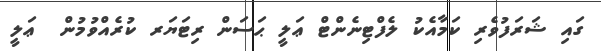
ގައި ޝަރަފުވެރި ކަމާއެކު ލެފްޓިނެންޓް ޢަލީ ޙަސަން ރިޓަޔަރ ކުރެއްވުމުން  ޢަލީ